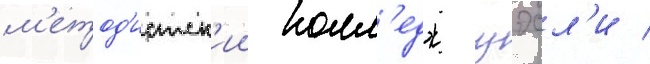
м'етод'истск'ии колл'едж уэсл'и /